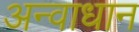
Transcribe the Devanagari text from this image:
अन्वाधान